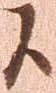
候